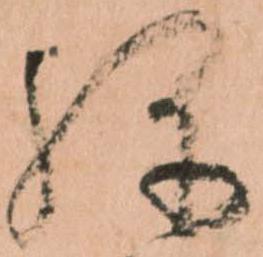
弥